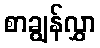
စာချွန်လွှာ